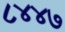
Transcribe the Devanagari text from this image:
८४४७